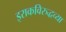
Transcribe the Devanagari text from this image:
इराकविरुद्धच्या